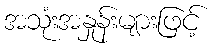
အသုံးအနှုန်းများဖြင့်